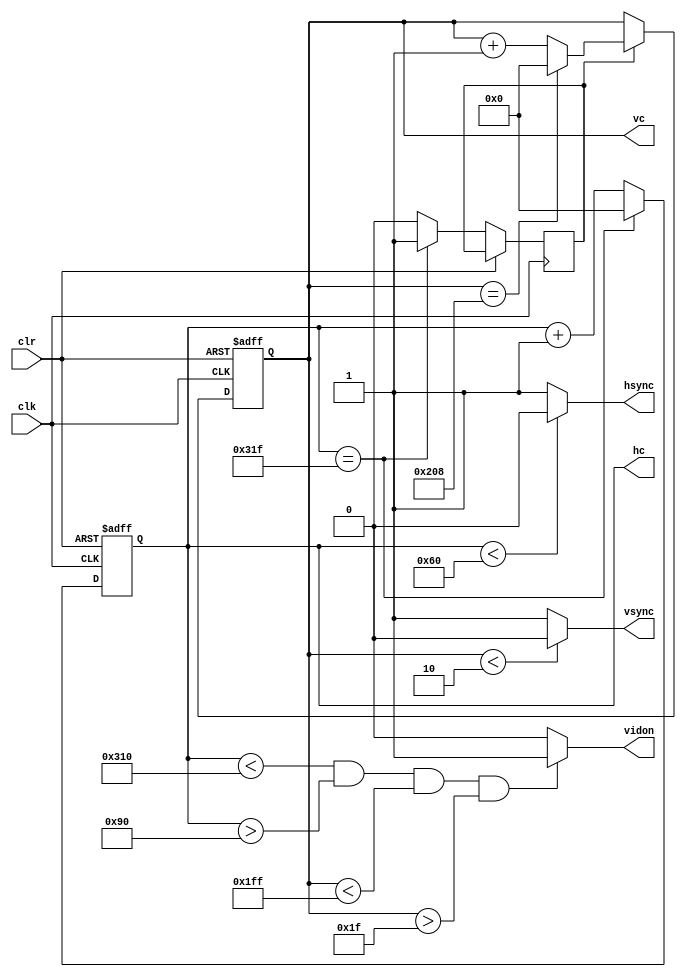
`timescale 1ns / 1ps
//////////////////////////////////////////////////////////////////////////////////
// Company: 
// Engineer: 
// 
// Design Name: 
// Module Name:    vga_640_480_stripes 
// Project Name: 
// Target Devices: 
// Tool versions: 
// Description: 
//
// Dependencies: 
//
// Revision: 
// Revision 0.01 - File Created
// Additional Comments: 
//
//////////////////////////////////////////////////////////////////////////////////
module vga_640_480_stripes(
	input wire clk,
	input wire clr,
	output reg hsync,
	output reg vsync,
	output reg [9:0] hc,
	output reg [9:0] vc,
	output reg vidon
    );
	 
	 parameter hpixels = 10'b1100100000, //800
				  vlines = 10'b1000001001, //521
				  hbp = 10'b0010010000, //144
				  hfp = 10'b1100010000, //784
				  vbp = 10'b0000011111, //31
				  vfp = 10'b0111111111; //511
				  
	 reg vsenable; //enable for the vertical counter
	 
	 //horizontal sync signal counter
	 always @(posedge clk or posedge clr)
	 begin
		if(clr==1)
			hc<=0;
		else
		begin
			if(hc==hpixels-1)
				begin //the counter has reached the end of pixel count
					hc<=0;
					vsenable <=1;//enable the vertical counter to inc
				end
			else
			begin
				hc<=hc+1;
				vsenable <= 0;
			end
		end
	end
	
	//generate hsync pulse, SP=96, when 0<hc<96, SP is low...
	always @ (*)
	begin 
		if(hc<96)
			hsync=0;
		else
			hsync=1;
		end
		
	//vertical sync signal counter
	always @ (posedge clk or posedge clr)
	begin
		if(clr==1)
			vc<=0;
		else
			if(vsenable==1)
			begin
				if(vc==vlines-1)//reset when the number of lines is reached
					vc<=0;
				else
					vc<=vc+1;
			end
		end
	//generate vsync pulse
	always @(*)
		begin
			if(vc<2)
				vsync=0;
			else 
				vsync=1;
		end
	
	//enable video out when within the porches
	always@(*)
	begin
		if((hc<hfp)&&(hc>hbp)&&(vc<vfp)&&(vc>vbp))
			vidon = 1;
		else
			vidon = 0;
	end
	 
				  


endmodule